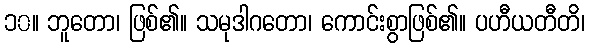
၁၀။ ဘူတော၊ ဖြစ်၏။ သမုဒါဂတော၊ ကောင်းစွာဖြစ်၏။ ပဟီယတီတိ၊